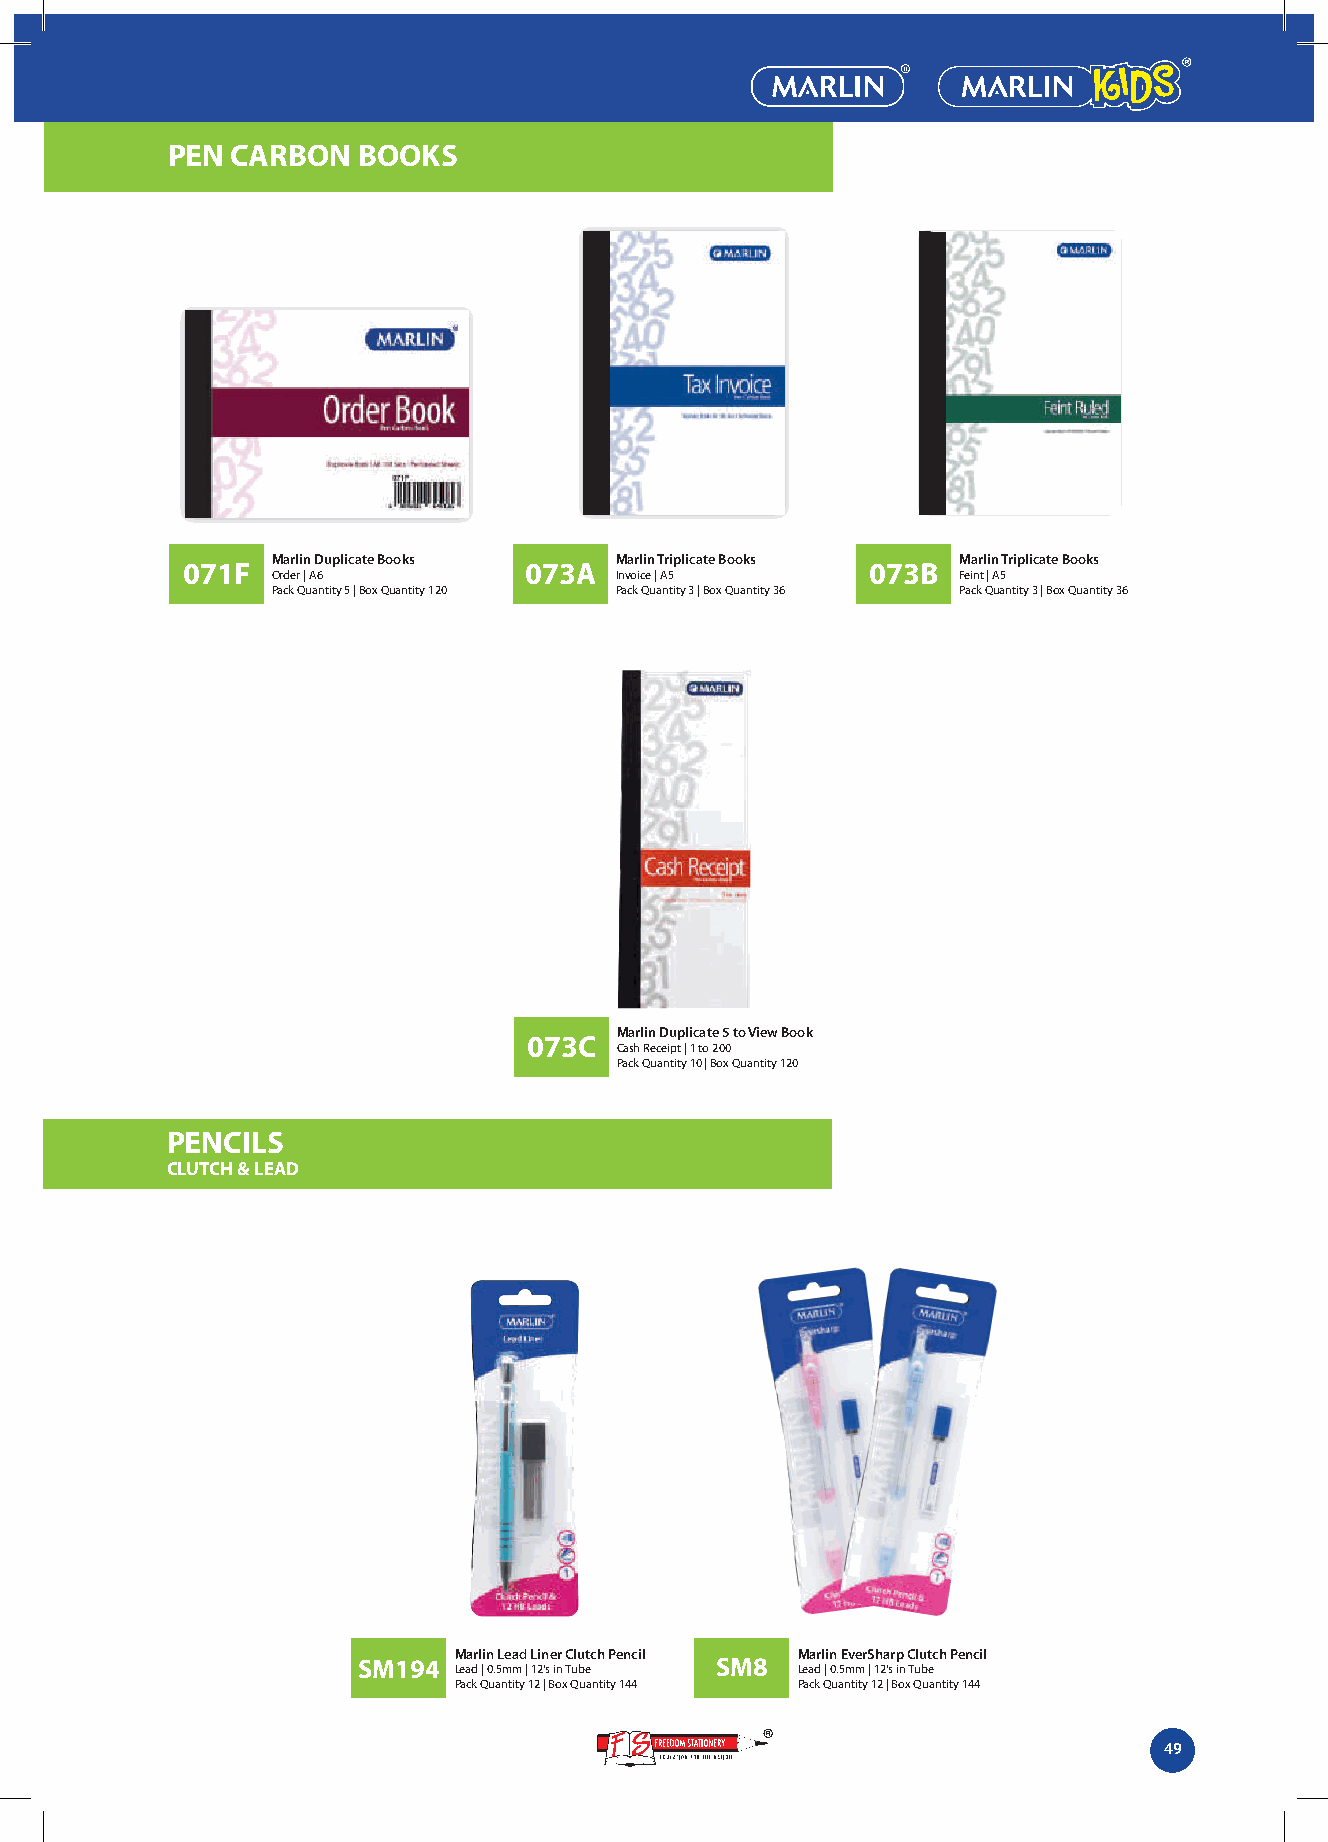
PEN CARBON   BOOKS
 Marlin Duplicate Books Marlin Triplicate Books Marlin Triplicate Books
 071F                   073A                   073B
 Order | A6             Invoice | A5          Feint | A5
 Pack Quantity 5 | Box Quantity 120 Pack Quantity 3 | Box Quantity 36 Pack Quantity 3 | Box Quantity 36
 Marlin Duplicate 5 to View Book
 073C
 Cash Receipt | 1 to 200
 Pack Quantity 10 | Box Quantity 120
 PENCILS
 CLUTCH & LEAD
 Marlin Lead Liner Clutch Pencil Marlin EverSharp Clutch Pencil
 SM194                  SM8
 Lead | 0.5mm | 12's in Tube Lead | 0.5mm | 12's in Tube
 Pack Quantity 12 | Box Quantity 144 Pack Quantity 12 | Box Quantity 144
 49